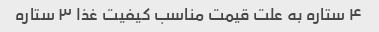
۴ ستاره به علت قیمت مناسب کیفیت غذا ۳ ستاره